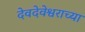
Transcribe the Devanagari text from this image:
देवदेवेश्वराच्या